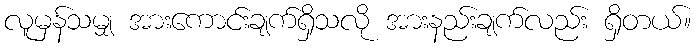
လူမှန်သမျှ အားကောင်းချက်ရှိသလို အားနည်းချက်လည်း ရှိတယ်။